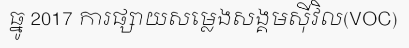
ធ្នូ 2017 ការផ្សាយសម្លេងសង្គមស៊ីវិល(VOC)